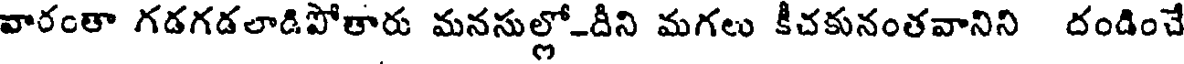
వారంతా గడగడలాడిపోతారు మనసుల్లో-దీని మగలు కీచకునంతవానిని దండించే